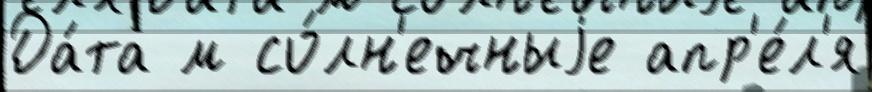
Да́та м со́лн'ечныjе апр'е́л'я